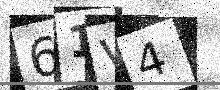
Text: 61V4